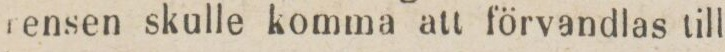
rensen skulle komma att förvandlas till